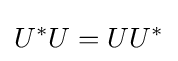
U^{*}U=UU^{*}